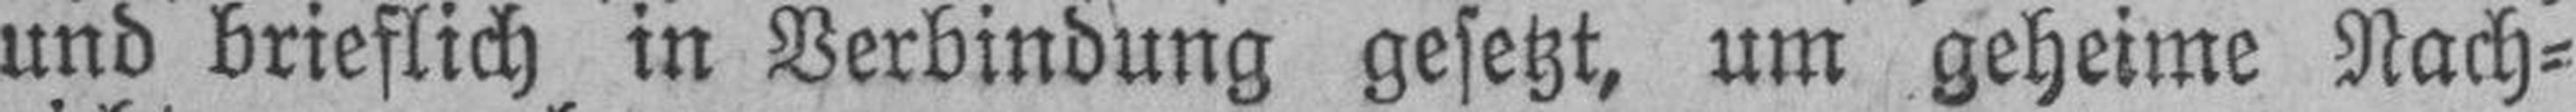
und brieflich in Verbindung gesetzt, um geheime Nach¬